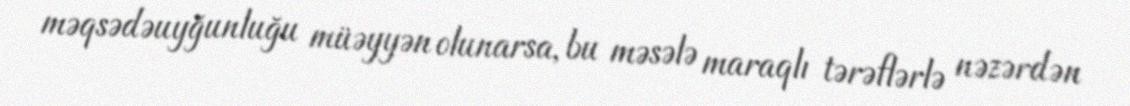
məqsədəuyğunluğu müəyyən olunarsa, bu məsələ maraqlı tərəflərlə nəzərdən